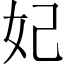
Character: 妃